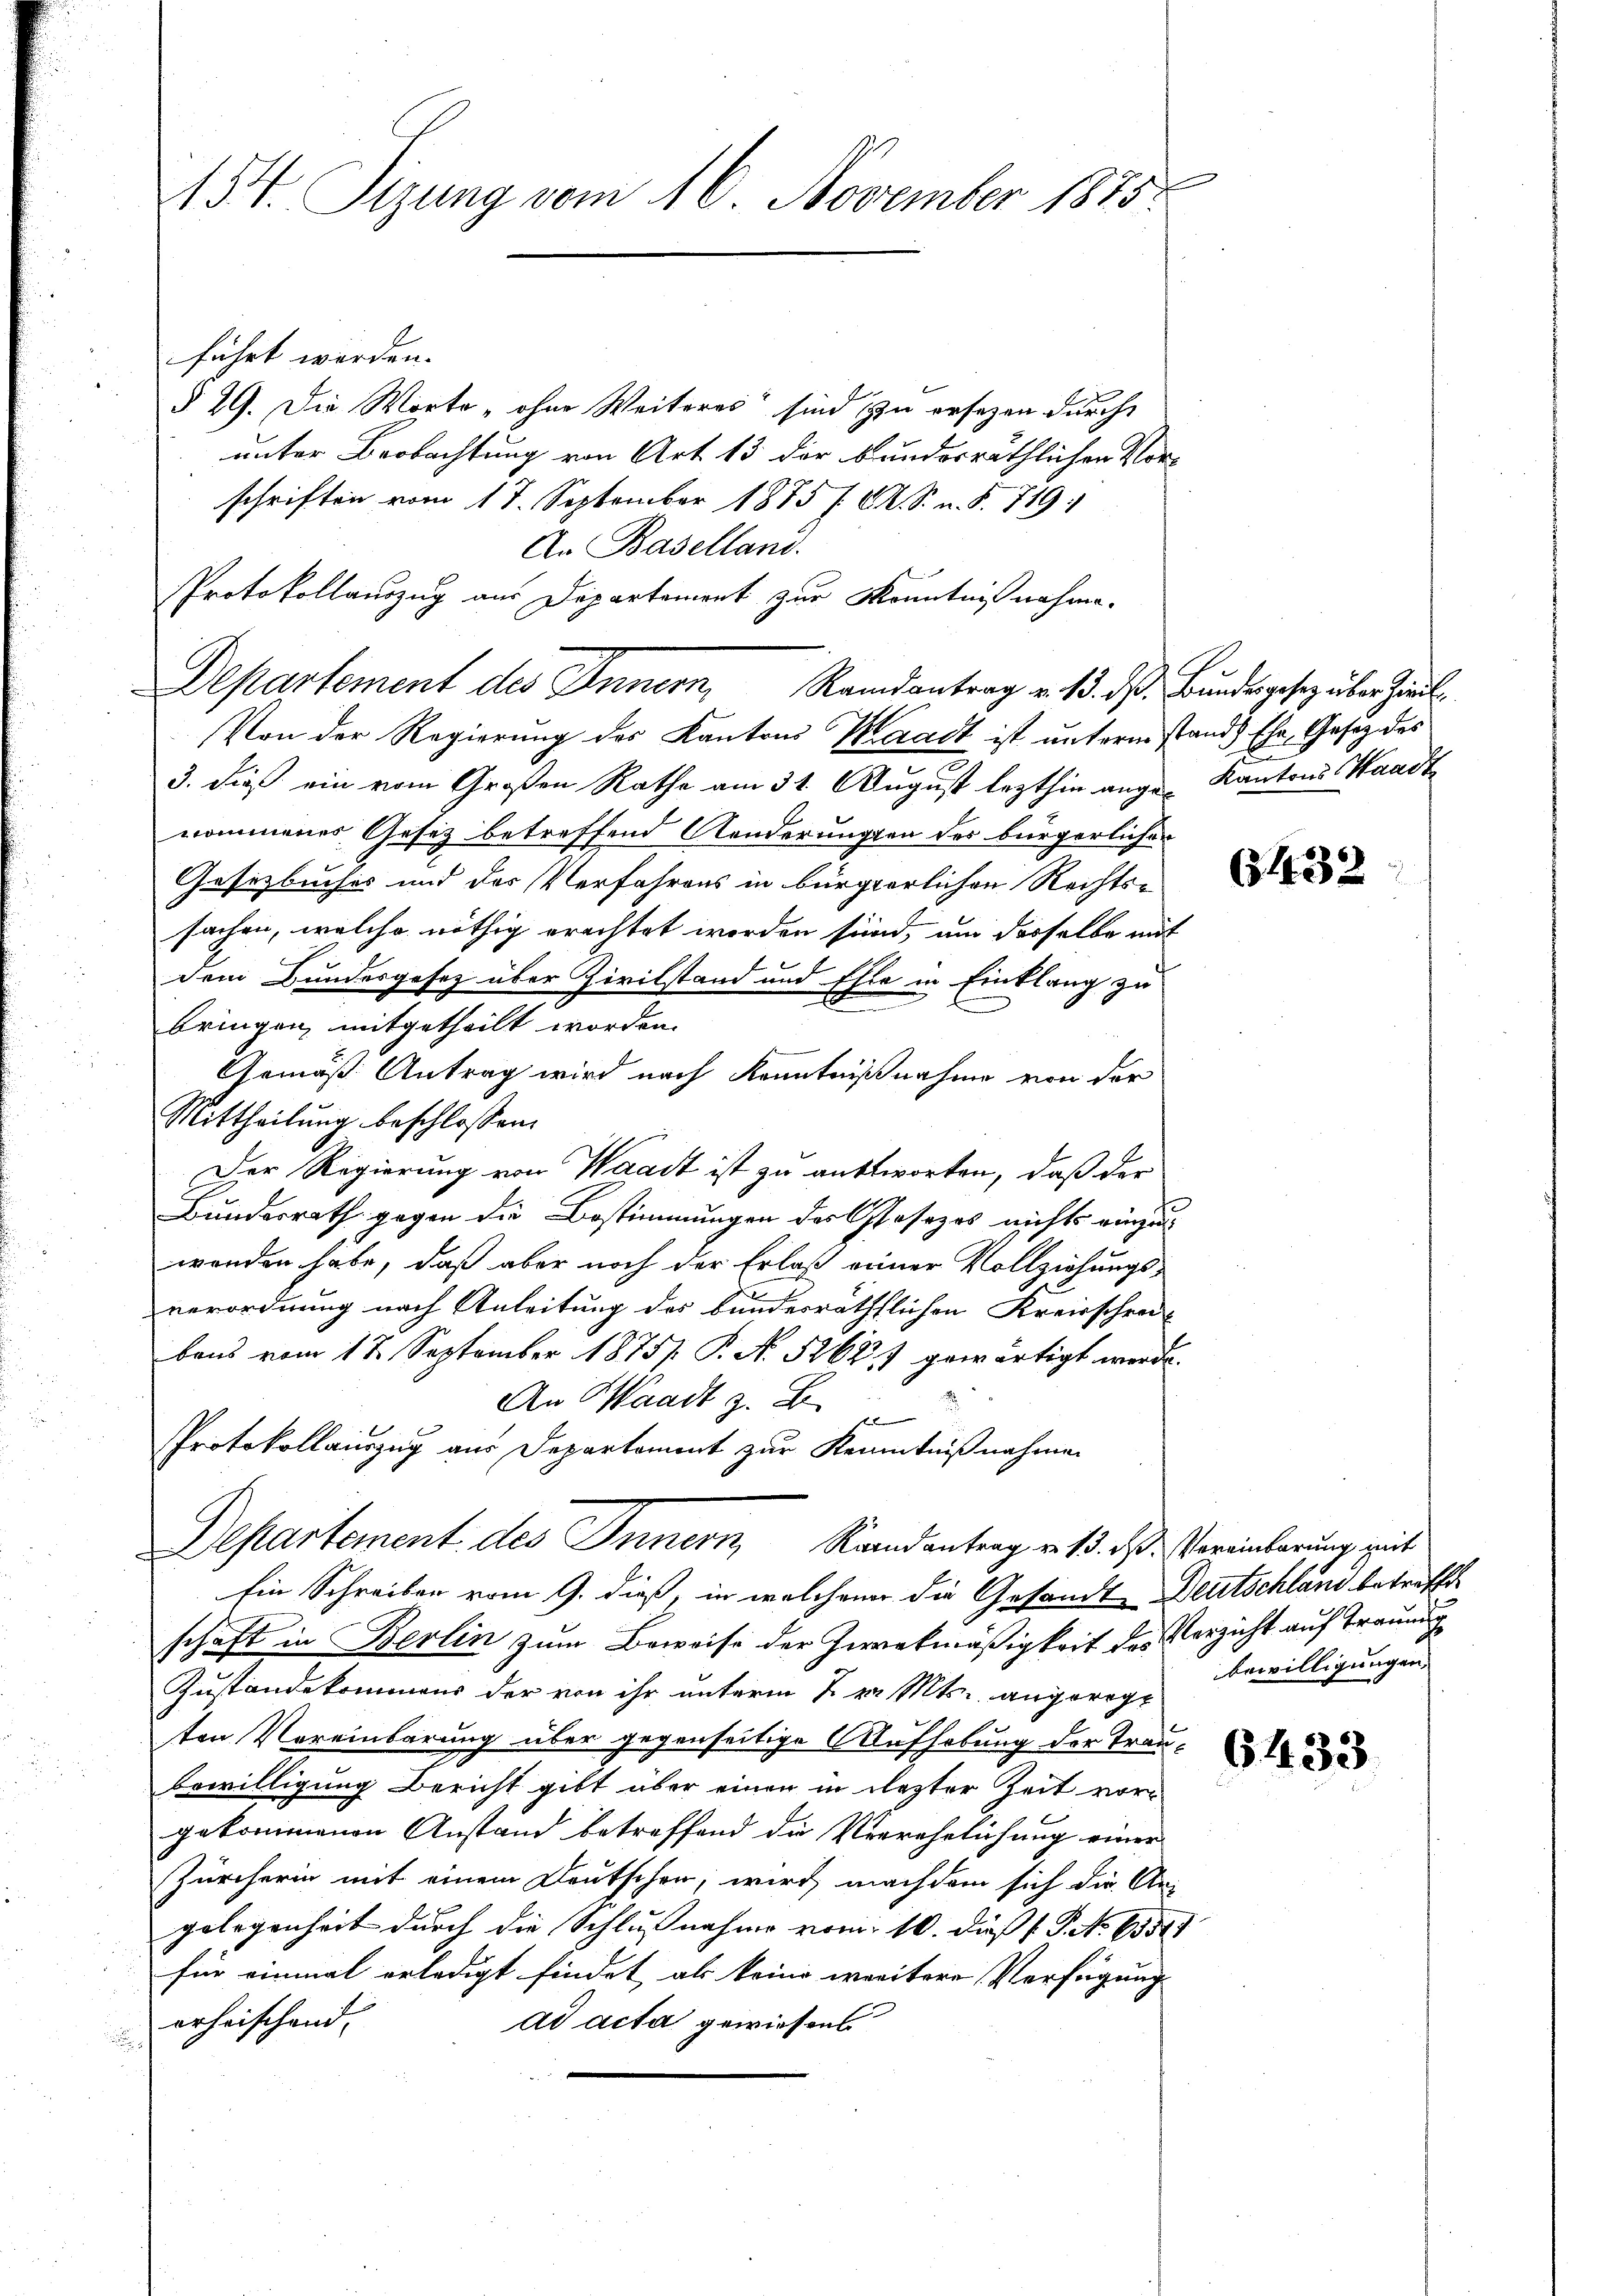
154. Sizung vom 16. November 1875.

führt werden.
§ 29. Die Worte „ohne Weiteres“ sind zu ersezen durch
unter Beobachtung von Art 13 der bundesräthlichen Vor-
schriften vom 17. September 1875 f. A. S. u. S. 719.
An Baselland.
Von der Regierung des Kantons Waadt ist unterm stand Ehr, Gesetz des
3. dieß ein vom Großen Rathe am 31. August lezthin ange Kantons Waadt
nommenes Gesetz betreffend Aenderungen des bürgerlichen
Gesetzbuches und der Verfahrens in bürgerlichen Rechts-
sachen, welche nöthig erachtet worden sind, um derselbe mit
dem Bundesgesetz über Zivilstand und Elle in Einklang zu
i
.
bringen mitgetheilt worden.
Gemäß Antrag wird nach Kenntnißnahme von der
Mittheilung beschlossen:
Der Regierung von Waadt ist zu antworten, daß der
Bundesrath gegen die Bestimmungen des Gesezes nichts einzu
wenden habe, daß aber noch der Erlaß seiner Vollziehungs-
verordnung nach Anleitung des bundesräthlichen Kreisschrei-
baus vom 17. September 1875 P. N. 52681 gewärtigt werde.
An Waadt z. B.
e
Protokollauszug aus Departement zur Kenntnißnahmen
Departement des Innern, Randantrag v. 13. das Vereinbarung mit
Ein Schreiben vom 9. dieß, in welchem die Gesandt Deutschland betreffe
schaft in Berlin zum Beweise der Zweckmäßigkeit des Verzicht auf Trauung
Zustandekommens der von ihr unterm 7. v. Mts. angeregt
ten Vereinbarung über gegenseitige Aufhebung der Trau-
bewilligung bericht gibt über einen in dester Zeit vor
gekommenen Anstand betreffend die Verrehrlichung einer
Zürcherin mit einem Deutschen, wird nachdem sich die An-
gelegenheit durch die Schlußnahme vom 10. daß P.P. No 13511
für einmal erledigt findet, als keine weitere Verfügung
erheischend,
ad acta gewiesens
u

Protokollauszug aus Departement zur Kenntnisnahme.
Departement des Innern, Randantrag v. 13. dß. Bundesgesez über Ziel

6432

bewilligungen.

6433